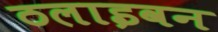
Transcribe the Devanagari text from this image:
ठलाइवन